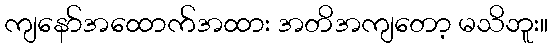
ကျနော်အထောက်အထား အတိအကျတော့ မသိဘူး။